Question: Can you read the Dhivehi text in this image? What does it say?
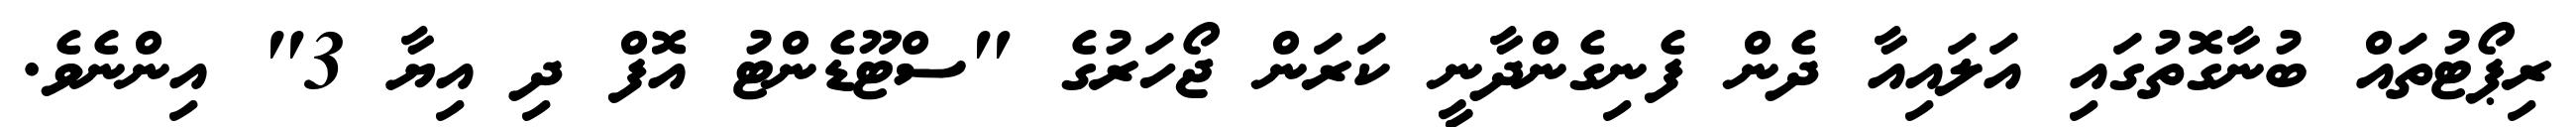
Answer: ރިޕޯޓުތައް ބުނާގޮތުގައި އަލައިއާ ދެން ފެނިގެންދާނީ ކަރަން ޖޯހަރުގެ "ސްޓޫޑެންޓު އޮފް ދި އިޔާ 3" އިންނެވެ.